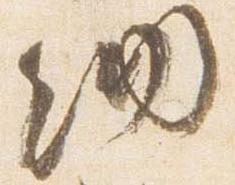
納